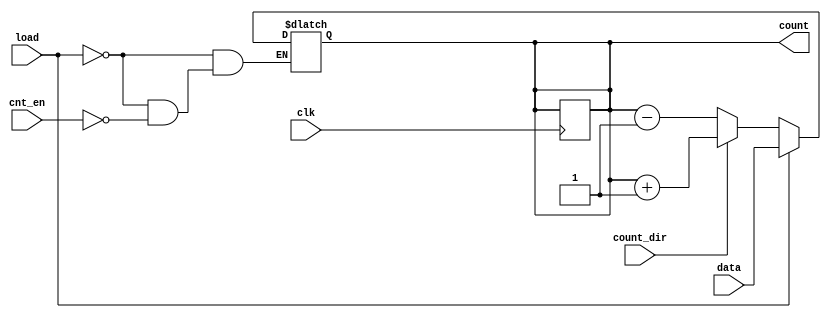
module async_load_counter #(
    parameter n = 8 // Parameter for the width of the counter
)(
    input wire clk,              // Clock signal
    input wire load,             // Load signal
    input wire [n-1:0] data,     // Data input to load into the counter
    input wire cnt_en,           // Count enable signal
    input wire count_dir,        // Count direction (0 for down, 1 for up)
    output reg [n-1:0] count     // Current count value
);

    // Asynchronous load logic
    always @(*) begin
        if (load) begin
            count = data; // Load data asynchronously
        end else if (cnt_en) begin
            // Counting logic
            if (count_dir) begin
                count = count + 1; // Increment
            end else begin
                count = count - 1; // Decrement
            end
        end
    end

    // Synchronous update on clock edge
    always @(posedge clk) begin
        // Ensure the counter value is updated on clock edge
        if (!load) begin
            // Only update the count on clock edge if not loading
            count <= count; // Hold the value
        end
    end

endmodule